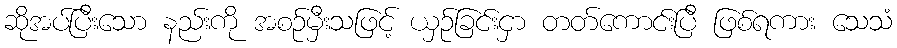
ဆိုအပ်ပြီးသော နည်းကို အစဉ်မှီးသဖြင့် ယှဉ်ခြင်းငှာ တတ်ကောင်းပြီ ဖြစ်ရကား သေသံ